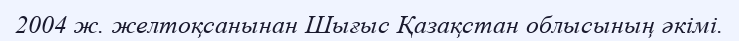
2004 ж. желтоқсанынан Шығыс Қазақстан облысының әкімі.